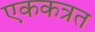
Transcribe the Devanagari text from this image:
एककत्रत